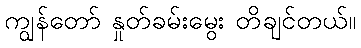
ကျွန်တော် နှုတ်ခမ်းမွေး တိချင်တယ်။